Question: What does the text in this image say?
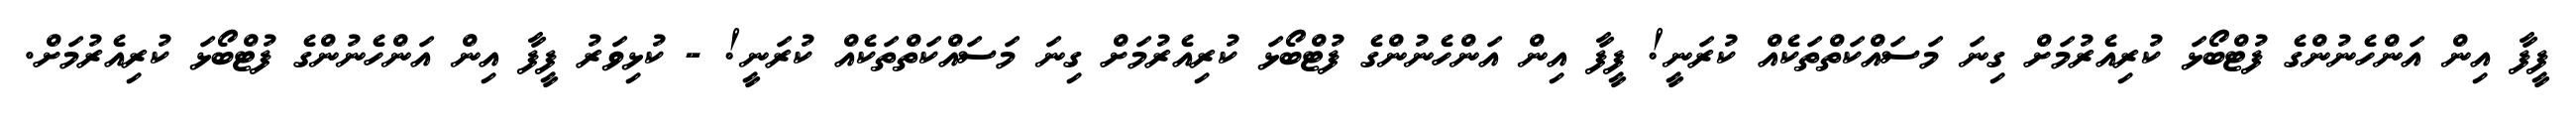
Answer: ފީފާ އިން އަންހެނުންގެ ފުޓްބޯޅަ ކުރިއެރުމަށް ގިނަ މަސައްކަތްތަކެއް ކުރަނީ! ފީފާ އިން އަންހެނުންގެ ފުޓްބޯޅަ ކުރިއެރުމަށް ގިނަ މަސައްކަތްތަކެއް ކުރަނީ! - ކުޅިވަރު ފީފާ އިން އަންހެނުންގެ ފުޓްބޯޅަ ކުރިއެރުމަށް.